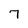
Character: 7